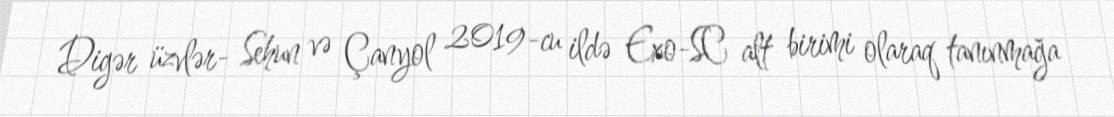
Digər üzvlər- Sehun və Çanyol 2019-cu ildə Exo-SC alt birimi olaraq tanınmağa